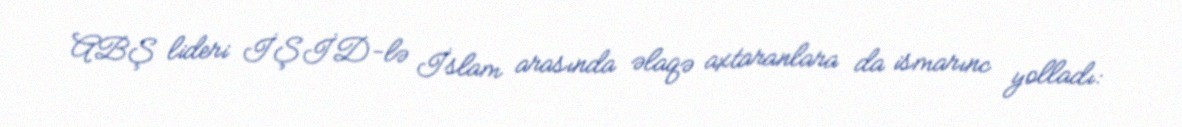
ABŞ lideri İŞİD-lə İslam arasında əlaqə axtaranlara da ismarınc yolladı: